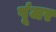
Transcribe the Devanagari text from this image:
पूंजर